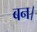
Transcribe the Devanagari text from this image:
बन।